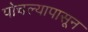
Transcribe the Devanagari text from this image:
पोचल्यापासून